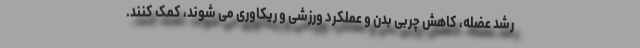
رشد عضله، کاهش چربی بدن و عملکرد ورزشی و ریکاوری می شوند، کمک کنند.